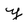
Character: y